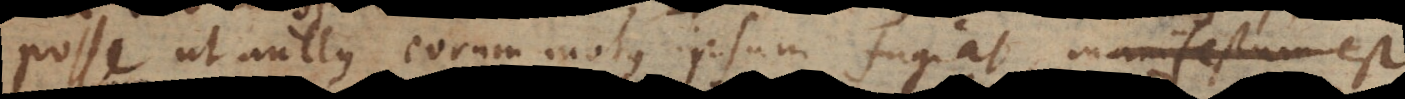
posse ut nullus eorum motus ipsum fugiat, manifestum est